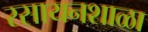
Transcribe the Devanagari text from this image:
रसायनशाळा